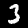
Label: 3